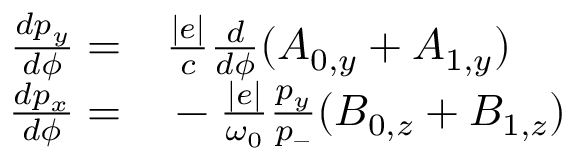
\begin{array} { r l } { \frac { d p _ { y } } { d \phi } = } & { { } \frac { | e | } { c } \frac { d } { d \phi } ( A _ { 0 , y } + A _ { 1 , y } ) } \\ { \frac { d p _ { x } } { d \phi } = } & { { } - \frac { | e | } { \omega _ { 0 } } \frac { p _ { y } } { p _ { - } } ( B _ { 0 , z } + B _ { 1 , z } ) } \end{array}